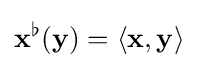
\mathbf {x} ^{\flat }(\mathbf {y} )=\langle \mathbf {x} ,\mathbf {y} \rangle